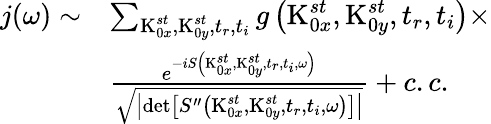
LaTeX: \begin{array}{rl}{\textit{j}(\omega)\sim}&{\sum_{\textrm{K}_{0x}^{st},\textrm{K}_{0y}^{st},t_{r},t_{i}}g\left(\textrm{K}_{0x}^{st},\textrm{K}_{0y}^{st},t_{r},t_{i}\right)\times}\\ &{\frac{e^{-iS\left(\textrm{K}_{0x}^{st},\textrm{K}_{0y}^{st},t_{r},t_{i},\omega\right)}}{\sqrt{\left|\det\left[S^{\prime\prime}\left(\textrm{K}_{0x}^{st},\textrm{K}_{0y}^{st},t_{r},t_{i},\omega\right)\right]\right|}}+c.c.}\end{array}